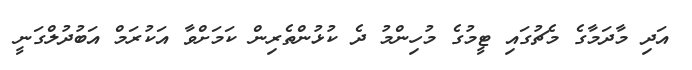
އަދި މާދަމާގެ މެޗުގައި ޓީމުގެ މުހިންމު ދެ ކުޅުންތެރިން ކަމަށްވާ އަކުރަމް އަބުދުލްގަނީ